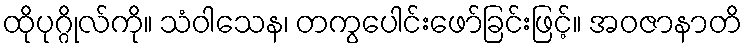
ထိုပုဂ္ဂိုလ်ကို။ သံဝါသေန၊ တကွပေါင်းဖော်ခြင်းဖြင့်။ အဝဇာနာတိ